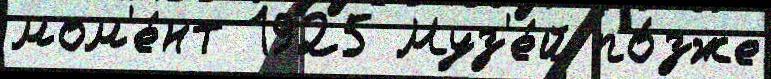
мом'е́нт 1925 Муз'е́й по́зже